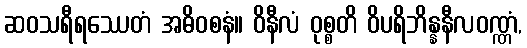
ဆဝသရီရဿေတံ အဓိဝစနံ။ ဝိနီလံ ဝုစ္စတိ ဝိပရိဘိန္နနီလဝဏ္ဏံ,